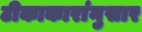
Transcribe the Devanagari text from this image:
टीकाकारांनुसार